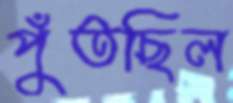
পুঁতছিল